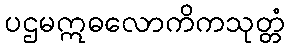
ပဌမဣဓလောကိကသုတ္တံ